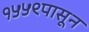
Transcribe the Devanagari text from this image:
१५५९पासून